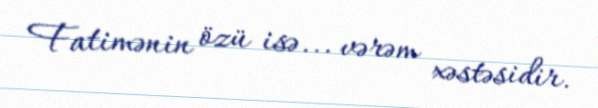
Fatimənin özü isə... vərəm xəstəsidir.